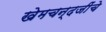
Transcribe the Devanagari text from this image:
खेमचन्दजींचे